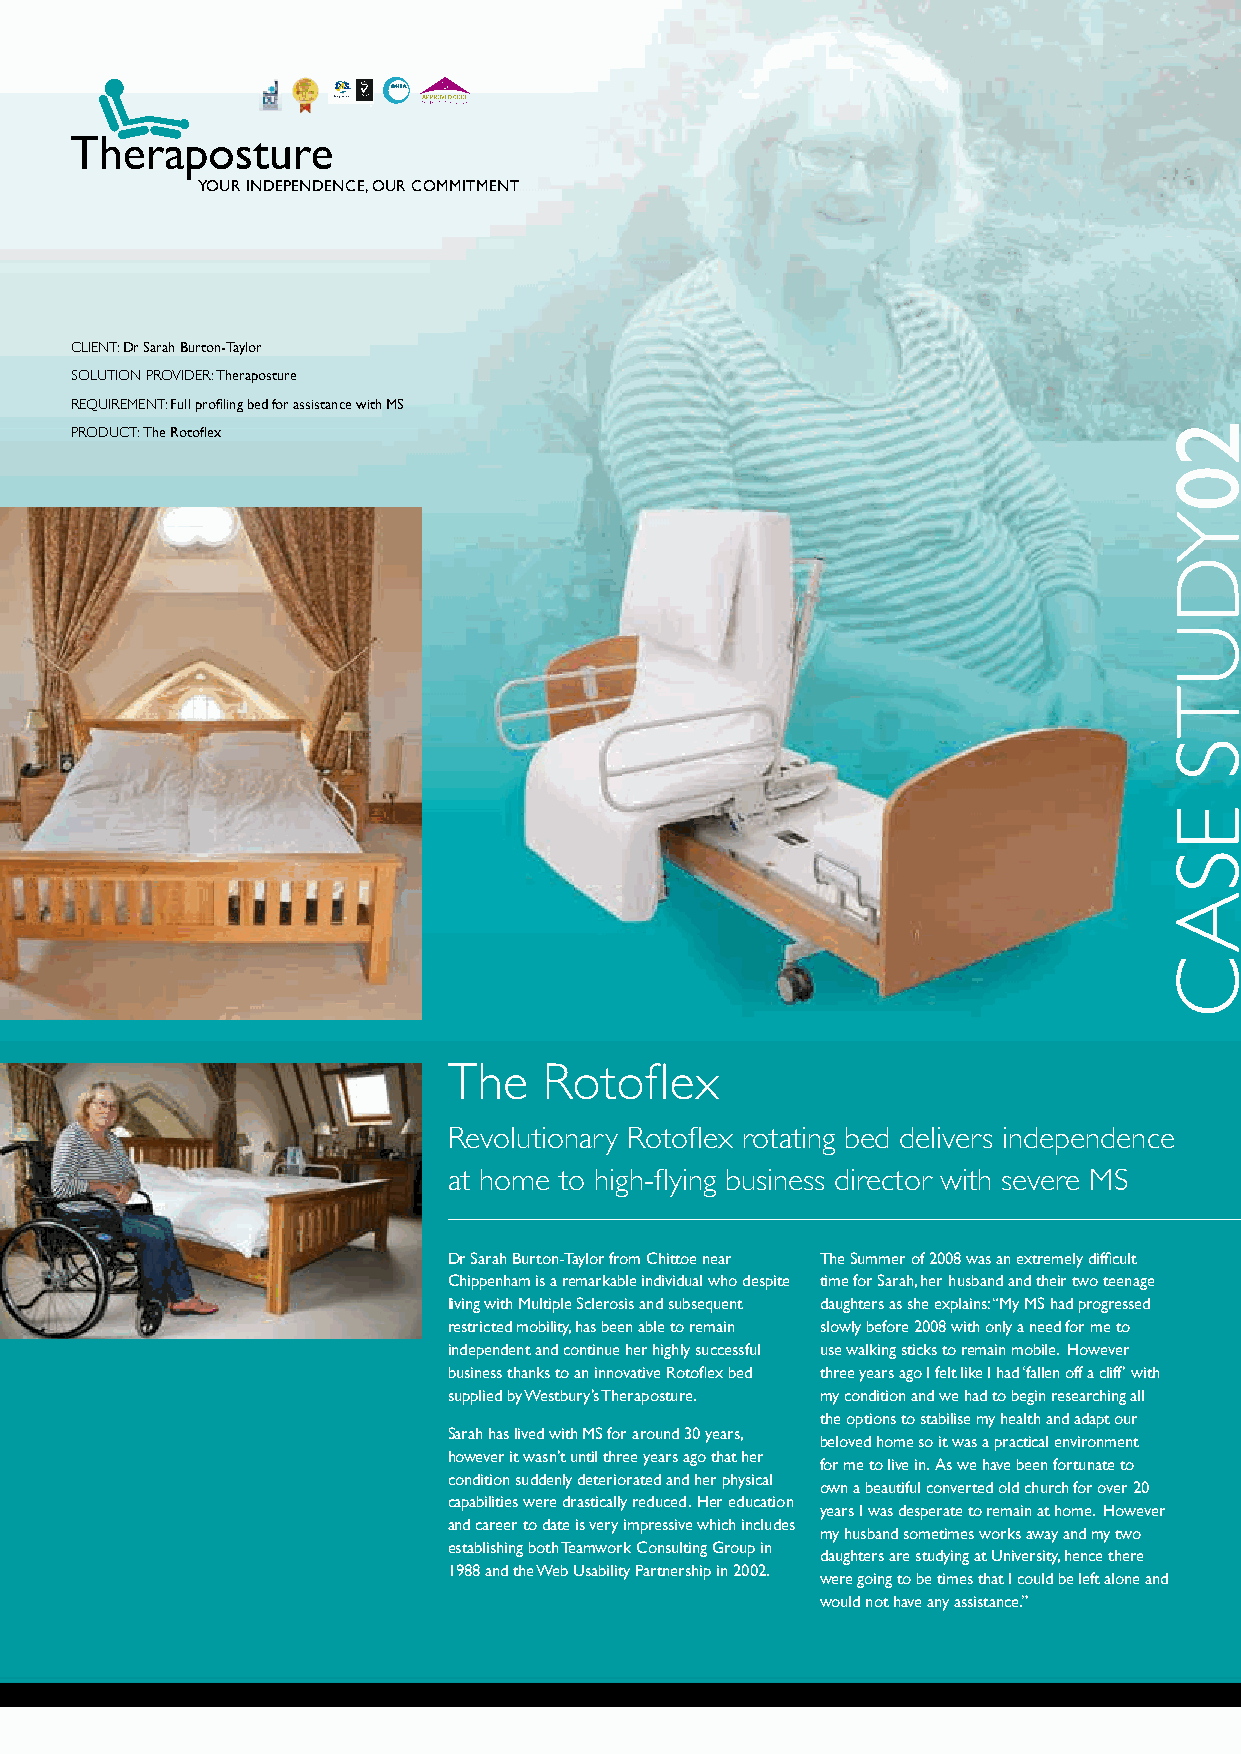
YOUR INDEPENDENCE, OUR COMMITMENT
 CLIENT: Dr Sarah Burton-Taylor
 SOLUTION PROVIDER: Theraposture
 REQUIREMENT: Full profiling bed for assistance with MS
 PRODUCT: The Rotoflex
 The   Rotoflex
 Revolutionary Rotoflex rotating bed delivers independence
 at home to high-flying business director with severe MS
 Dr Sarah Burton-Taylor from Chittoe near The Summer of 2008 was an extremely difficult
 Chippenham is a remarkable individual who despite time for Sarah, her husband and their two teenage
 living with Multiple Sclerosis and subsequent daughters as she explains: “My MS had progressed
 restricted mobility, has been able to remain slowly before 2008 with only a need for me to
 independent and continue her highly successful use walking sticks to remain mobile. However
 business thanks to an innovative Rotoflex bed three years ago I felt like I had ‘fallen off a cliff’ with
 supplied by Westbury’s Theraposture. my condition and we had to begin researching all
 the options to stabilise my health and adapt our
 Sarah has lived with MS for around 30 years,
 beloved home so it was a practical environment
 however it wasn’t until three years ago that her
 for me to live in. As we have been fortunate to
 condition suddenly deteriorated and her physical
 own a beautiful converted old church for over 20
 capabilities were drastically reduced. Her education
 years I was desperate to remain at home. However
 and career to date is very impressive which includes
 my husband sometimes works away and my two
 establishing both Teamwork Consulting Group in
 daughters are studying at University, hence there
 1988 and the Web Usability Partnership in 2002.
 were going to be times that I could be left alone and
 would not have any assistance.”
 20
 YDUTS
 ESAC